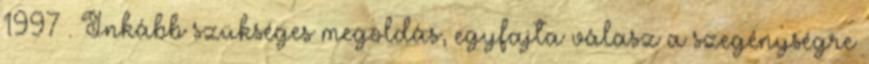
1997 . Inkább szükséges megoldás, egyfajta válasz a szegénységre